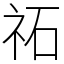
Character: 祏